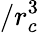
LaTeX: /r_{c}^{3}